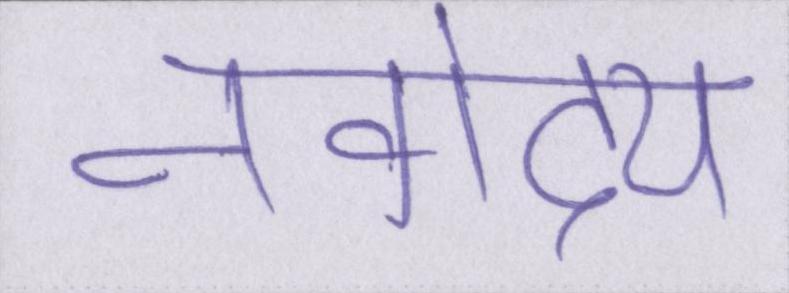
नवोदय